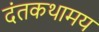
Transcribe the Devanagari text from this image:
दंतकथामय